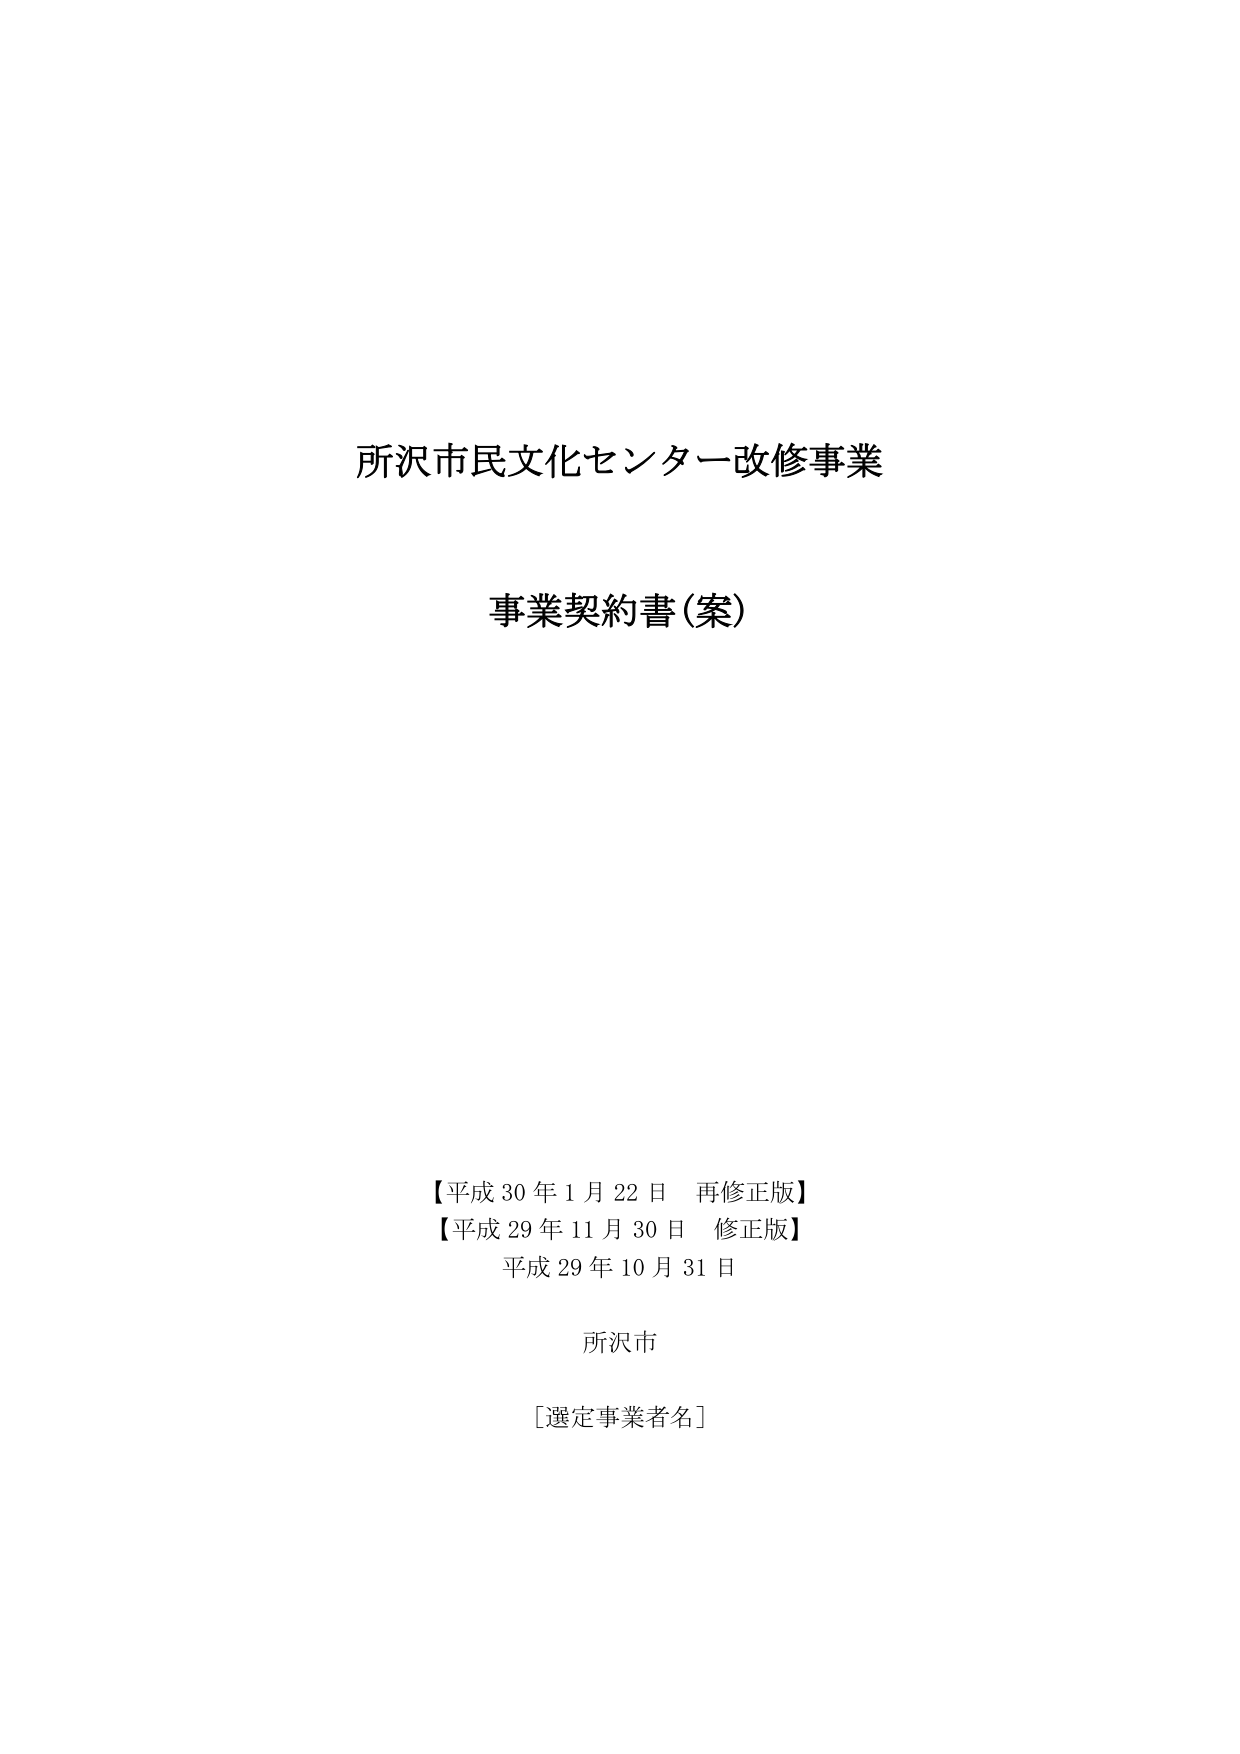
所沢市民文化センター改修事業

事業契約書(案)

【平成30年1月22日 再修正版】
【平成29年11月30日 修正版】
平成29年10月31日

所沢市

[選定事業者名]